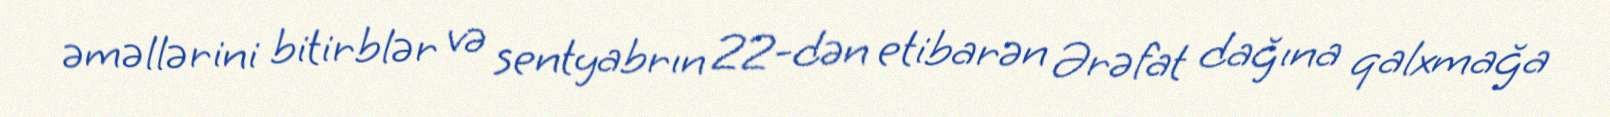
əməllərini bitirblər və sentyabrın 22-dən etibarən Ərəfat dağına qalxmağa